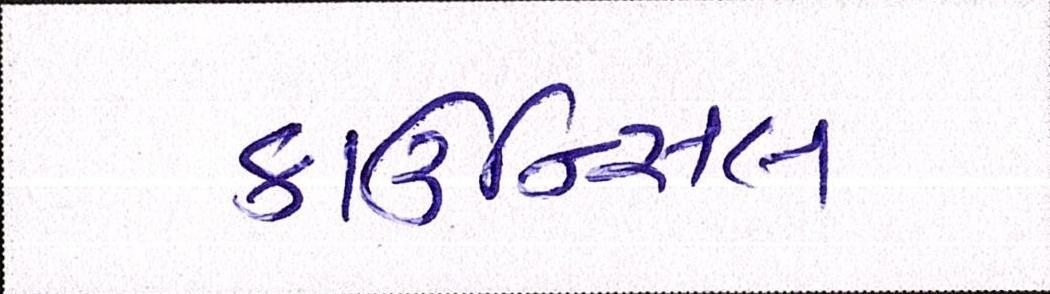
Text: કાઉન્સિલ